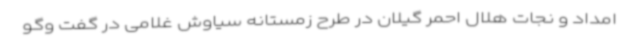
امداد و نجات هلال احمر گیلان در طرح زمستانه سیاوش غلامی در گفت وگو